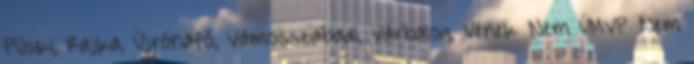
Püski, Rajka, Újrónafő, Vámosszabadi, Várbalog, Vének ▪Nem ÚMVP ▪Nem